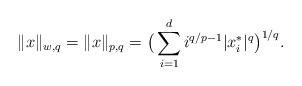
LaTeX: \begin{align*} \|x\|_{w,q} = \|x\|_{p,q} = \big(\sum_{i=1}^d i^{q/p-1} |x_i^*|^q\big)^{1/q}.\end{align*}